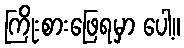
ကြိုးစားဖြေရမှာ ပေါ့။